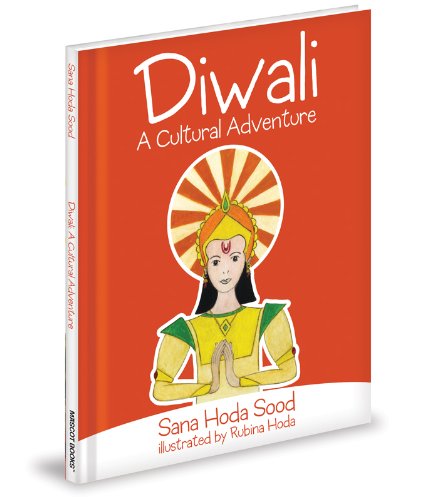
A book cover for Diwali: A Cultural Adventure; Sana Sood; Children's Books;